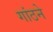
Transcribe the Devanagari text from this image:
गांठने